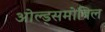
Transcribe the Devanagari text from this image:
ओल्ड्समोबिल